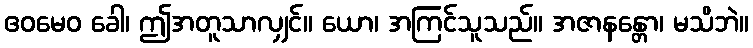
ဧဝမေဝ ခေါ၊ ဤအတူသာလျှင်။ ယော၊ အကြင်သူသည်။ အဇာနန္တော၊ မသိဘဲ။